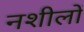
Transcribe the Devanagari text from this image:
नशीलों